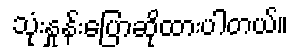
သုံးနှုန်းပြောဆိုထားပါတယ်။